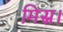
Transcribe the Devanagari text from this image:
मिस्र।